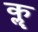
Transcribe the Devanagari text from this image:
कॣ